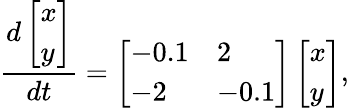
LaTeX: \frac{d\left[\begin{array}{l}{x}\\ {y}\end{array}\right]}{dt}=\left[\begin{array}{ll}{-0.1}&{2}\\ {-2}&{-0.1}\end{array}\right]\left[\begin{array}{l}{x}\\ {y}\end{array}\right],